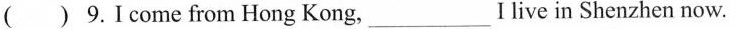
() 9.Ico me from Hong Kong, ___I live in Shenzhen now.